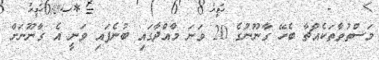
މަސްތުވާތަކެއްޗާ ބެހޭ ގާނޫނުގެ 20 ވަނަ މާއްދާގައި ބުނެފައި ވަނީ އެ ގާނޫނަށް